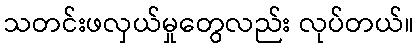
သတင်းဖလှယ်မှုတွေလည်း လုပ်တယ်။